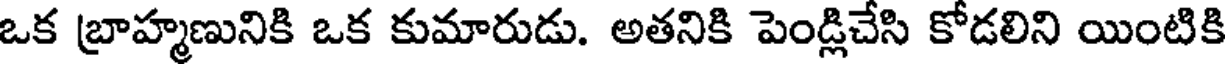
ఒక బ్రాహ్మణునికి ఒక కుమారుడు. అతనికి పెండ్లిచేసి కోడలిని యింటికి